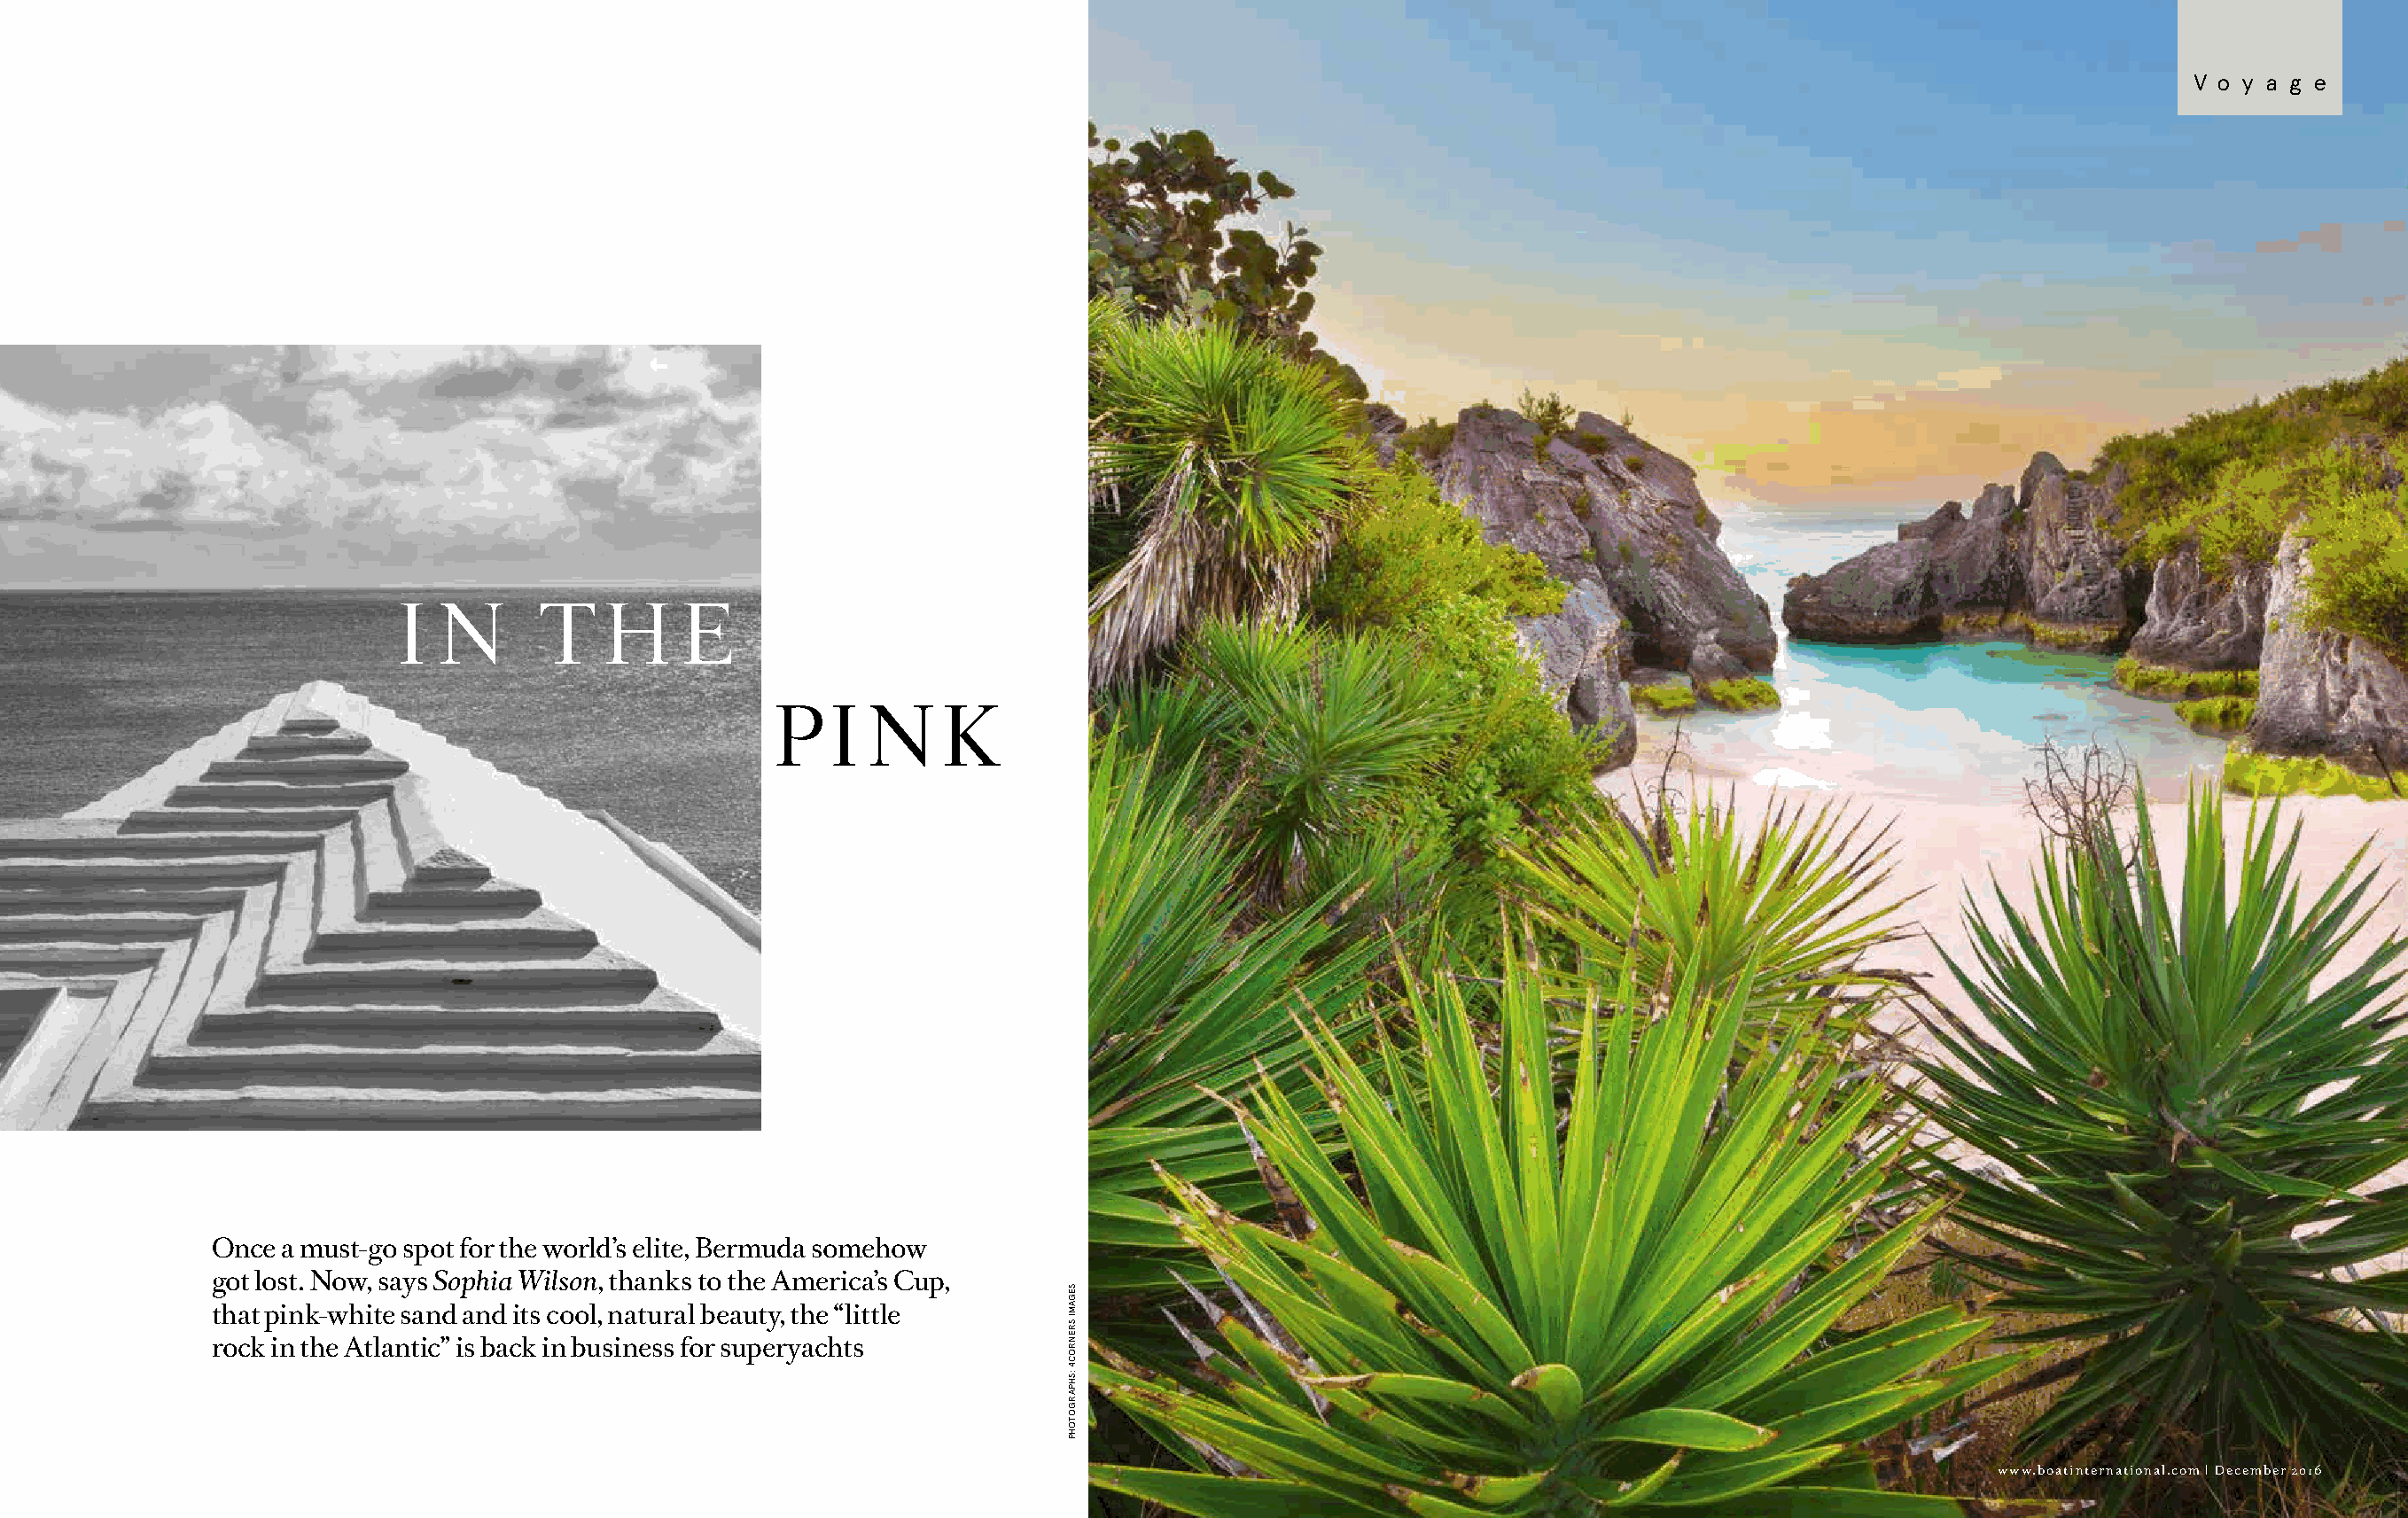
V o y a g e
 I  N      T    H     E
 P   I  N    K
 Once a must-go spot for the world’s elite, Bermuda somehow
 got lost. Now, says Sophia Wilson, thanks to the America’s Cup,
 that pink-white sand and its cool, natural beauty, the “little
 rock in the Atlantic” is back in business for superyachts
 www.boatinternational.com | December 2016
 SEGAMI
 SRENROC4
 :SHPARGOTOHP
 XXXXXX
 :HPARGOTOHP
 XXXXXX
 :HPARGOTOHP